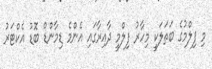
މި ފިލްމުގެ ބަތަލަކީ މިހާރު ފިލްމީ ދާއިރާގައި އެންމެ ޑިމާންޑް ބޮޑު އެކްޓަރު